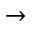
\rightarrow